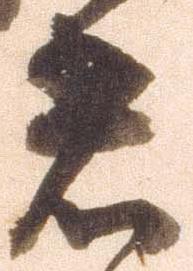
着